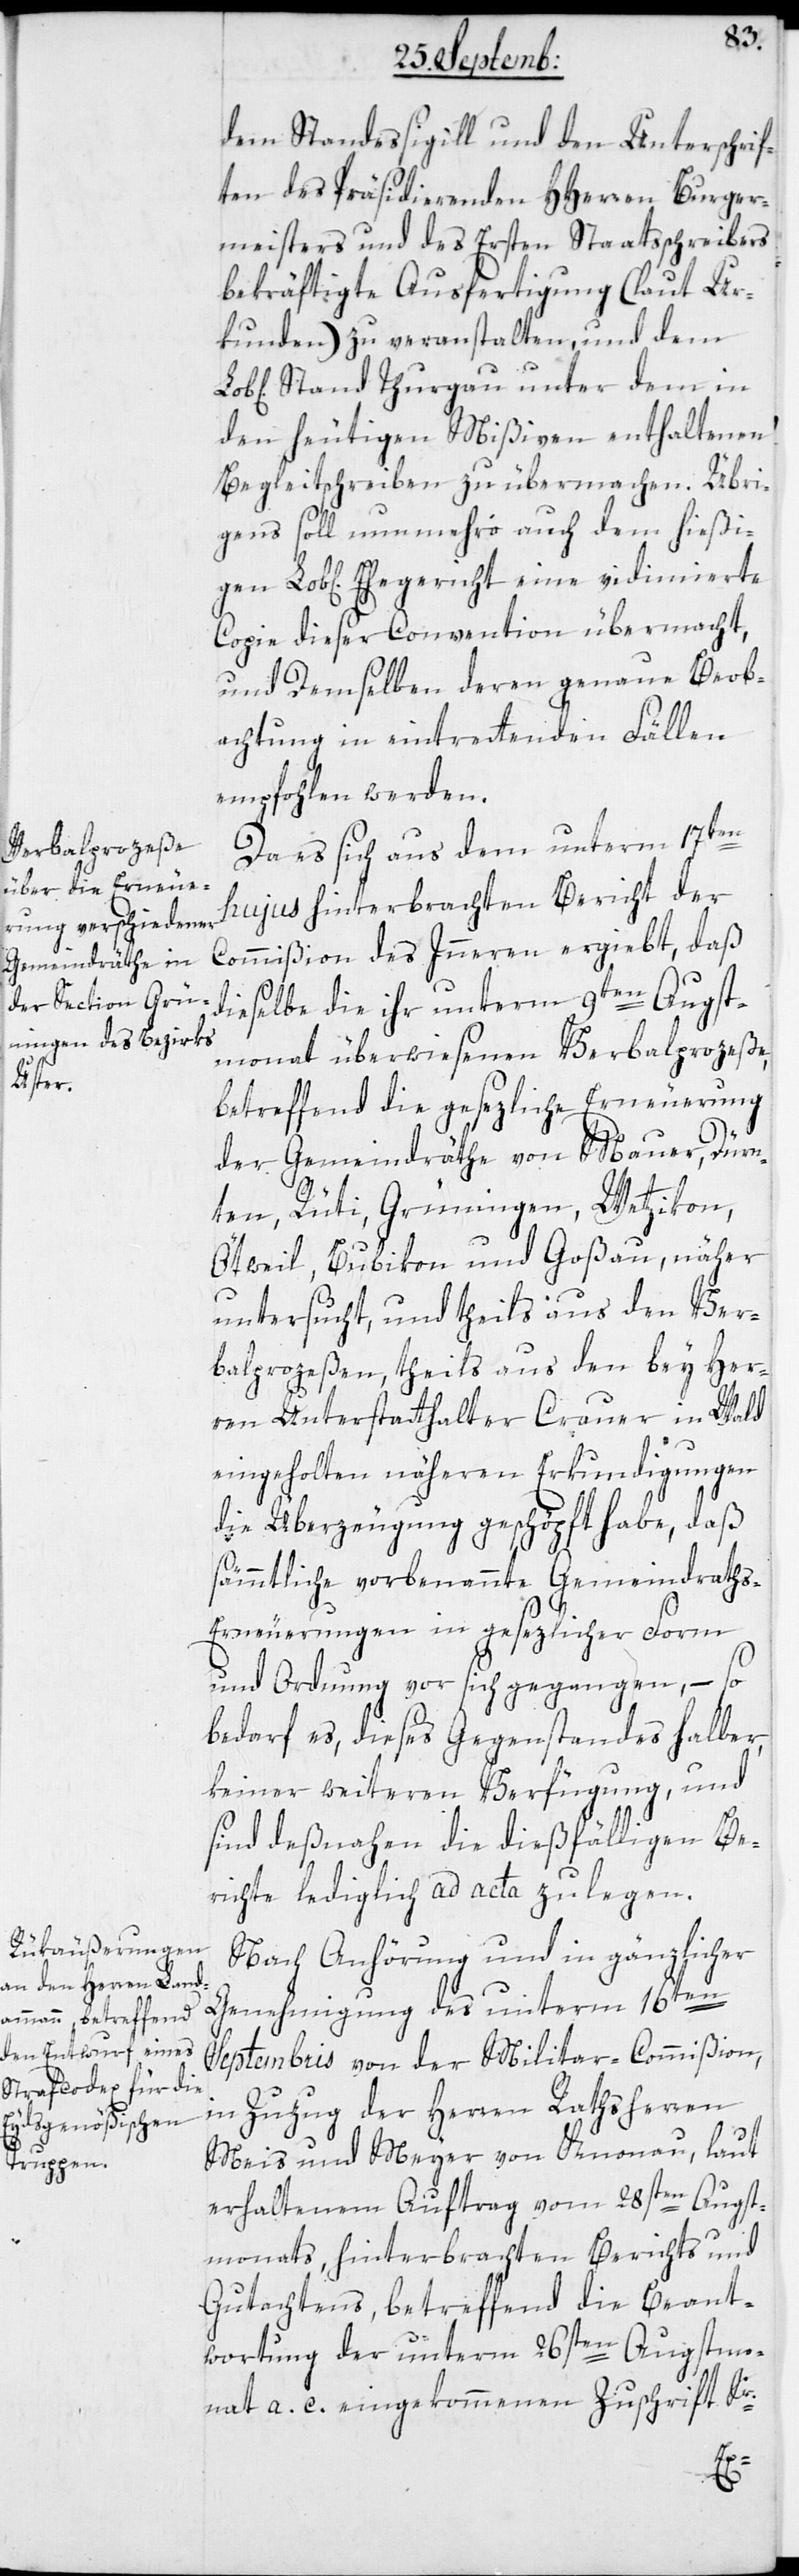
gen Lobl[ic¬
dem Standessigill und den Unterschrif¬
ten des Präsidierenden HHerren Burger¬
meisters und des ersten Staatsschreibers
bekräftigte Ausfertigung (laut Ur¬
kunden) zu veranstalten und dem
Stand Thurgau über dem in
den heutigen Mißiven enthaltenen
Begleitschreiben zu übermachen. Übri¬
gens soll nunmehro auch dem hießi¬
hen ] Ehegericht eine vidimierte
Copie dieser Convention übermacht,
und Demselben deren genaue Beob¬
achtung in eintrettenden Fällen
empfohlen werden.
Da es sich aus dem unterm 17ten
hujus hinterbrachten Bericht der
Commißion des Innern ergiebt, daß
dieselbe die ihr unterm 9ten Augst¬
monat überwiesenen Verbalprozeße,
betreffend die gesetzliche Erneuerung
der Gemeindräthe von Maur, Dürn¬
ten, Rüti, Grüningen, Wetzikon,
Ötweil, Bubikon und Goßau, näher
untersucht, und theils aus den Ver¬
balproceßen, theils aus den bey Her¬
ren Unterstatthalter Crauer in Wald
eingeholten näheren Erkundigungen
die Überzeugung geschöpft habe, daß
sämmtliche vorbenannte Gemeindraths-E¬
rneuerungen in gesetzlicher Form
und Ordnung vor sich gegangen, – so
bedarf es dieses Gegenstandes halber,
keiner weiteren Verfügung, und
sind deßnahen die dießfälligen Be¬
richte lediglich ad acta zu legen.
Nach Anhörung und in gänzlicher
Genehmigung des unterm 16ten
Septembris von der Militar-Commißion,
in Zuzug der Herren Rathsherren
Meis und Meyer von Knonau, laut
erhaltenem Auftrag vom 28sten Augst¬
monats, hinterbrachten Berichts und
Gutachtens, betreffend die Beant¬
wortung der unterm 26sten Augstmo¬
nat a. c. eingekommenen Zuschrift Sr.